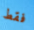
فقط